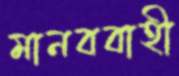
মানববাহী